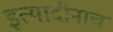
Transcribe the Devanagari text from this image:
इत्यादीनाच